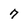
Character: 7